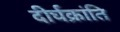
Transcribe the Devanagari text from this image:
दीर्घक्रांति